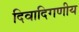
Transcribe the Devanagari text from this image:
दिवादिगणीय